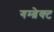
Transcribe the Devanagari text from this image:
गम्ब्रेक्ट